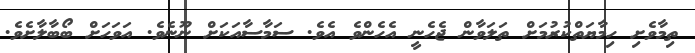
ތިމާވެށި ހިމާޔަތްކުރުމަށް ތަލަވާން ޖެހެނީ އެހެންވެ އެވެ. ސަމާސާއަކަށް ނޫނެވެ. އަވަހަށް ބޯބާލާށެވެ.